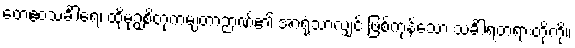
တေဧဝသင်္ခါရေ၊ ထိုမုဉှစိတုကမျတာဉာဏ်၏ အာရုံသာလျှင် ဖြစ်ကုန်သော သင်္ခါရတရားတို့ကို။